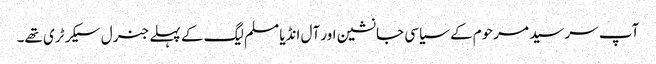
آپ سر سید مرحوم کے سیاسی جانشین اور آل انڈیا مسلم لیگ کے پہلے جنرل سیکرٹری تھے۔